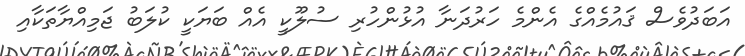
އަބަދުވެސް ޤައުމެއްގެ އެންމެ ހަރުދަނާ އުޅުންހުރި ސުލޫކީ އެއް ބަޔަކީ ކުލަބު ޖަމިއްޔާތަކާއި